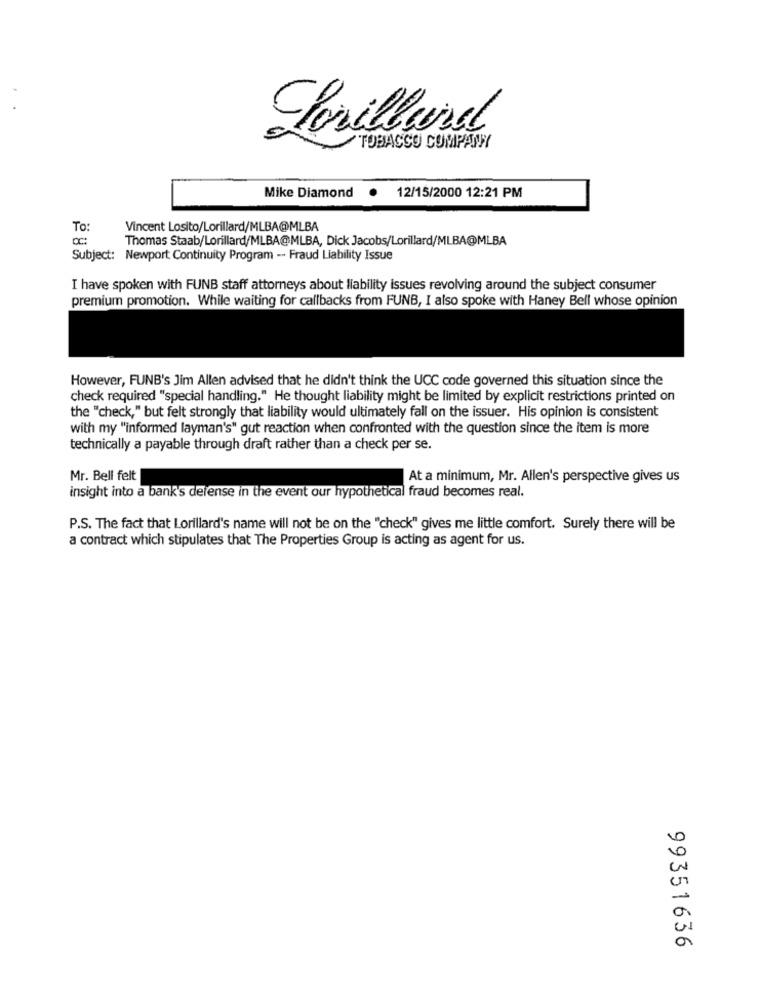
Lorillard
TOBACCO COMPANY
Mike Diamond
.
12/15/2000 12:21 PM
To:
Vincent Losito/Lorillard/MLBA@MLBA
Thomas Staab/Lorillard/MLBA@MLBA, Dick Jacobs/Lorillard/MLBA@MLBA
Subject: Newport Continuity Program -- Fraud Liability Issue
I have spoken with FUNB staff attorneys about liability issues revolving around the subject consumer
premium promotion. While waiting for callbacks from FUNB, I also spoke with Haney Bell whose opinion
However, FUNB's Jim Allen advised that he didn't think the UCC code governed this situation since the
check required "special handling." He thought liability might be limited by explicit restrictions printed on
the "check," but felt strongly that liability would ultimately fall on the issuer. His opinion is consistent
with my "informed layman's" gut reaction when confronted with the question since the item is more
technically a payable through draft rather than a check per se.
Mr. Bell felt
At a minimum, Mr. Allen's perspective gives us
insight into a bank's defense in the event our hypothetical fraud becomes real.
P.S. The fact that Lorillard's name will not be on the "check" gives me little comfort. Surely there will be
a contract which stipulates that The Properties Group is acting as agent for us.
99351636